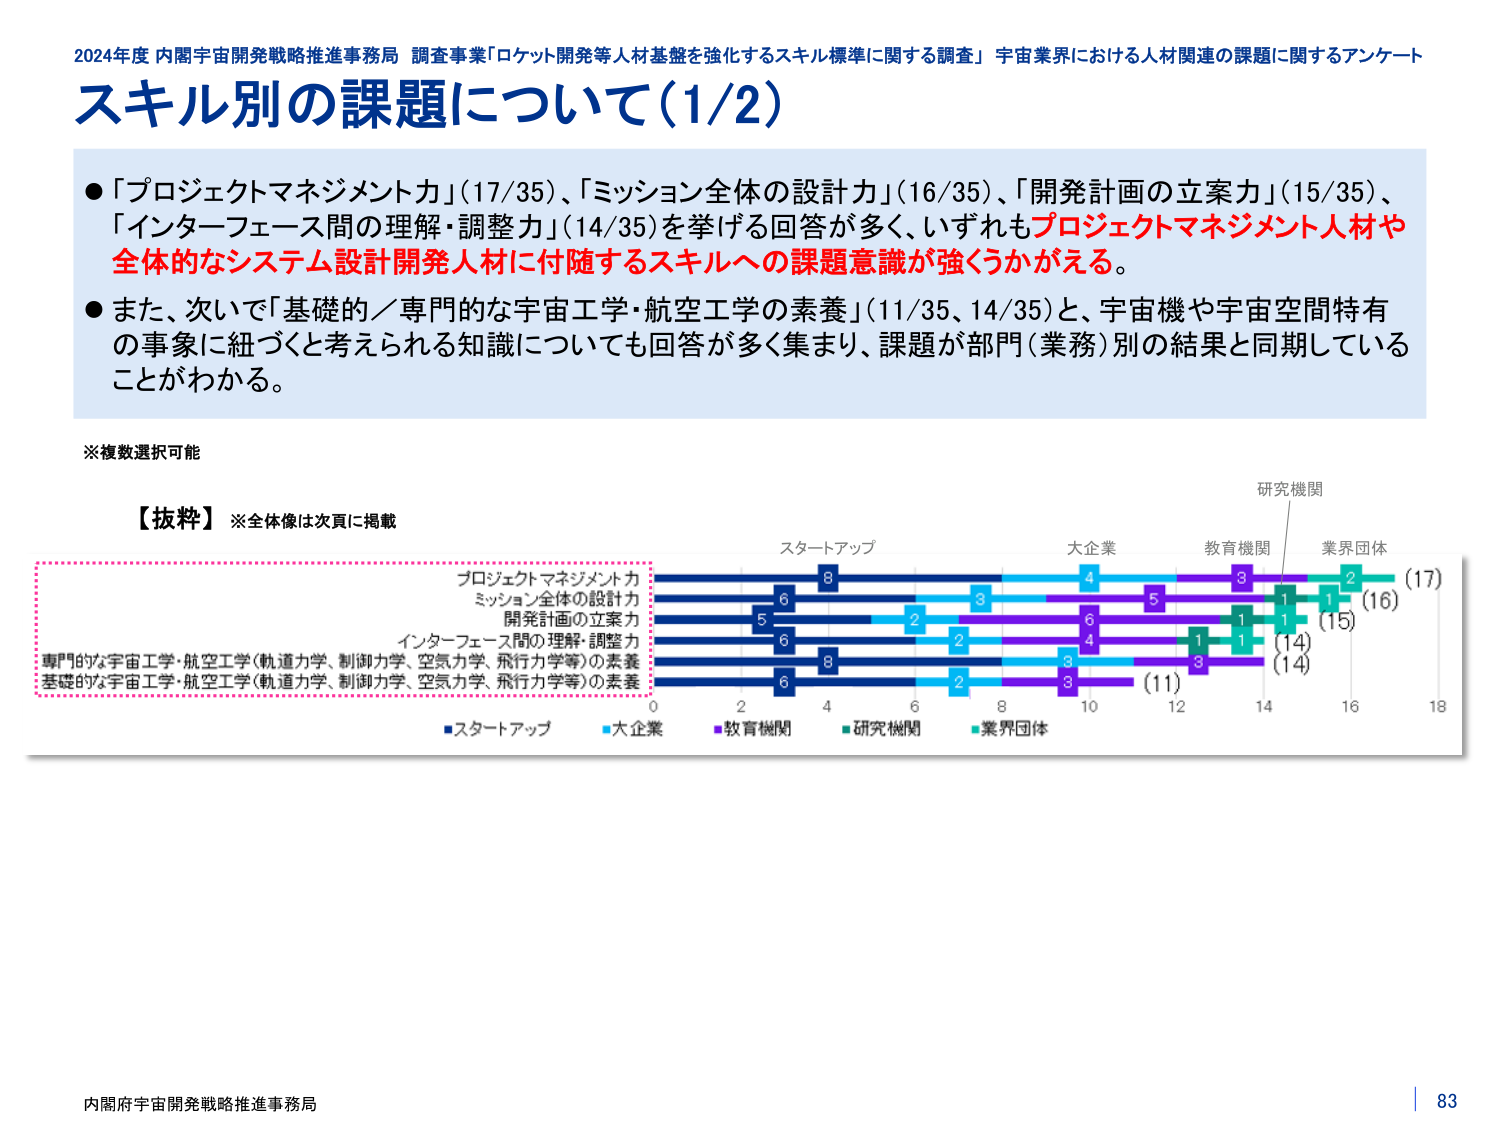
2024年度 内閣宇宙開発戦略推進事務局 調査事業「ロケット開発等人材基盤を強化するスキル標準に関する調査」 宇宙業界における人材関連の課題に関するアンケート
スキル別の課題について（1/2）
●「プロジェクトマネジメント力」（17/35）、「ミッション全体の設計力」（16/35）、「開発計画の立案力」（15/35）、「インターフェース間の理解・調整力」（14/35）を挙げる回答が多く、いずれもプロジェクトマネジメント人材や全体的なシステム設計開発人材に付随するスキルへの課題意識が強うかがえる。
●また、次いで「基礎的／専門的な宇宙工学・航空工学の素養」（11/35、14/35）と、宇宙機や宇宙空間特有の事象に紐づくと考えられる知識についても回答が多く集まり、課題が部門（業務）別の結果と同期していることがわかる。
※複数選択可能
【抜粋】※全体像は次頁に掲載
スタートアップ
大企業
教育機関
研究機関
業界団体
プロジェクトマネジメント力
8
4
3
2
（17）
ミッション全体の設計力
6
8
5
1
1
（16）
開発計画の立案力
5
2
6
1
1
（15）
インターフェース間の理解・調整力
6
2
4
1
1
（14）
専門的な宇宙工学・航空工学（軌道力学、制御力学、空気力学、飛行力学等）の素養
8
3
3
（14）
基礎的な宇宙工学・航空工学（軌道力学、制御力学、空気力学、飛行力学等）の素養
6
2
3
（11）
0 2 4 6 8 10 12 14 16 18
■スタートアップ ■大企業 ■教育機関 ■研究機関 ■業界団体
内閣府宇宙開発戦略推進事務局
83